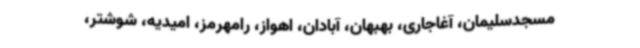
مسجدسلیمان، آغاجاری، بهبهان، آبادان، اهواز، رامهرمز، امیدیه، شوشتر،